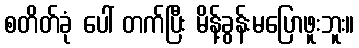
စတိတ်ခုံ ပေါ် တက်ပြီး မိန့်ခွန်းမပြောဖူးဘူး။